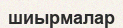
шиырмалар